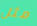
مثل